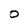
Character: O